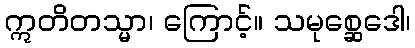
ဣတိတသ္မာ၊ ကြောင့်။ သမုစ္ဆေဒေါ၊